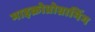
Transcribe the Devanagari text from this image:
माइक्रोप्रोग्रामिंग